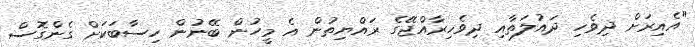
"އެއިރަށް ދިވެހި ދައުލަތާއި ދިވެހިރާއްޖޭގެ ރައްޔިތުން އެ މީހުން ބޭނުން ހިސާބަކަށް ގެންގޮސް